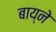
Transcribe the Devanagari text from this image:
बाय्ने